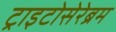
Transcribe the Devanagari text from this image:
ट्राइटोसेरेब्रम